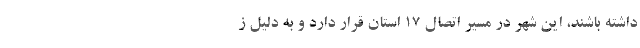
داشته باشند، این شهر در مسیر اتصال 17 استان قرار دارد و به دلیل ز